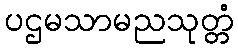
ပဌမသာမညသုတ္တံ